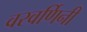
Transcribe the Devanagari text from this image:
वरवर्णिनी